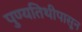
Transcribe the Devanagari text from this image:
पुण्यतिथीपासून